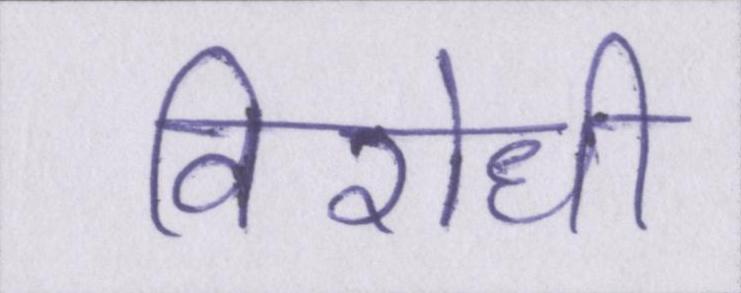
विरोधी